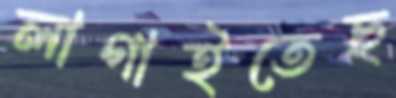
লাগাইতেছ